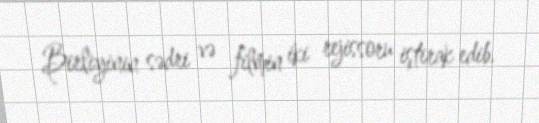
Birliyinin sədri və filmin iki rejissoru iştirak edib.